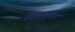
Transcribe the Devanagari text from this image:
विश्वनाथम